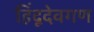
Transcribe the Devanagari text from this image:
हिंदूदेवगण